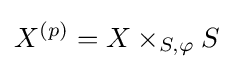
X^{(p)}=X\times _{S,\varphi }S